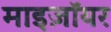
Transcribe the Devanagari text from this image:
माइज़ॉयर